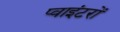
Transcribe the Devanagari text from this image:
प्वाइंटरों